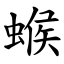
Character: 䗔